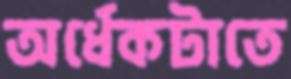
অর্ধেকটাতে